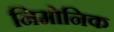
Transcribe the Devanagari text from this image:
निमोनिक